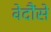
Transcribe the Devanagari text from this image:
वेदौंसे